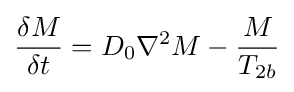
{\frac {\delta M}{\delta t}}=D_{0}\nabla ^{2}M-{\frac {M}{T_{2b}}}